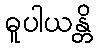
ဓူပါယန္တိ